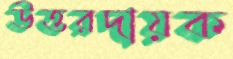
উত্তরদায়ক